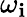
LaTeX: \omega_{\mathbf{i}}